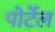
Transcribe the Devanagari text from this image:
पोर्टेल